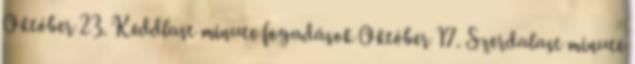
Október 23. Keddlast minute fogadások Október 17. Szerdalast minute